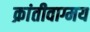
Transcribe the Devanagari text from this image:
क्रांतीवाग्मय